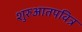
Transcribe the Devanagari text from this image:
शुरुआतपवित्र